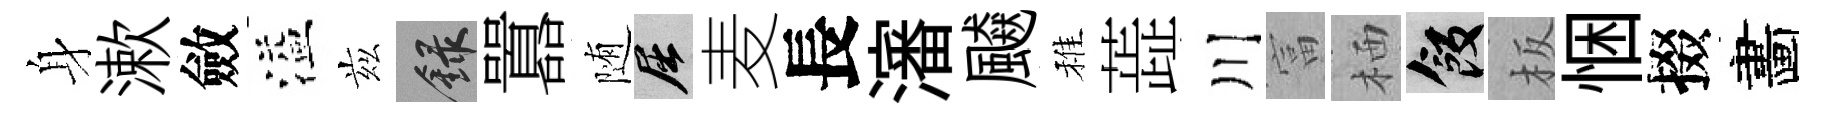
身漱斂溢兹録囂随屈麦長瀋飇稚蕋川富栖飯板悃掇畵